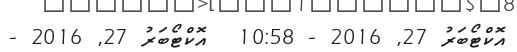
އޮކްޓޯބަރު 27